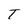
Character: T